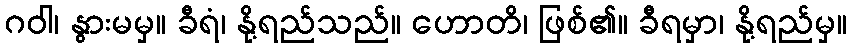
ဂဝါ၊ နွားမမှ။ ခီရံ၊ နို့ရည်သည်။ ဟောတိ၊ ဖြစ်၏။ ခီရမှာ၊ နို့ရည်မှ။